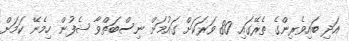
އަދި ބައިވެރިންގެ ތެރޭގައި 80 ވަރަކަށް ގައުމަށް ނިސްބަތްވާ ޝެފުން ހިމެނޭ ކަމަށް